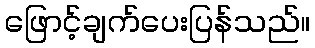
ဖြောင့်ချက်ပေးပြန်သည်။